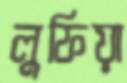
লুফিয়া